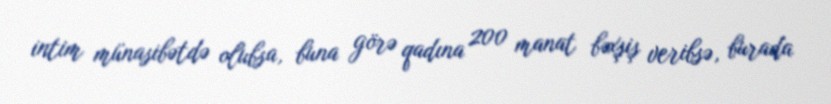
intim münasibətdə olubsa, buna görə qadına 200 manat bəxşiş veribsə, burada